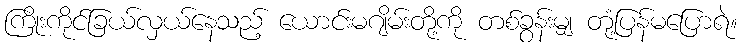
ကြိုးကိုင်ခြယ်လှယ်နေသည့် ယောင်းမဂျိမ်းတို့ကို တစ်ခွန်းမျှ တုံ့ပြန်မပြောရဲ။